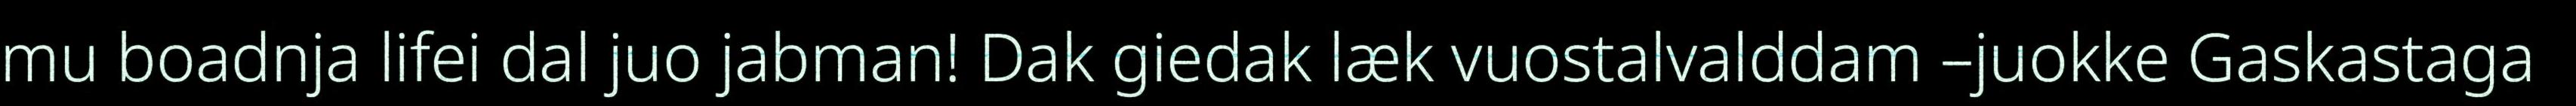
mu boadnja lifei dal juo jabman! Dak giedak læk vuostalvalddam –juokke Gaskastaga